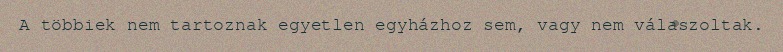
A többiek nem tartoznak egyetlen egyházhoz sem, vagy nem válaszoltak.